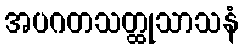
အပဂတသတ္ထုသာသနံ